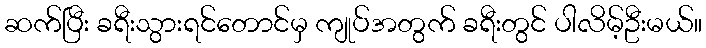
ဆက်ပြီး ခရီးသွားရင်တောင်မှ ကျုပ်အတွက် ခရီးတွင် ပါလိမ့်ဦးမယ်။